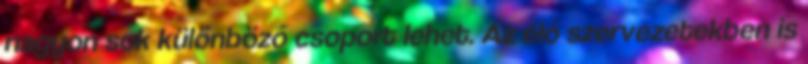
nagyon sok különböző csoport lehet. Az élő szervezetekben is